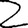
Digit: 2